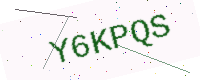
Text: Y6KPQS